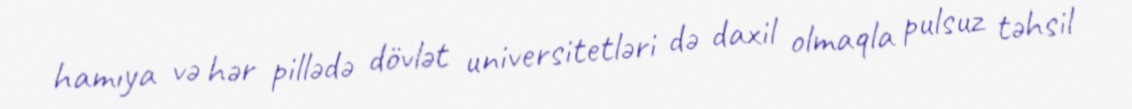
hamıya və hər pillədə dövlət universitetləri də daxil olmaqla pulsuz təhsil